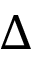
\Delta